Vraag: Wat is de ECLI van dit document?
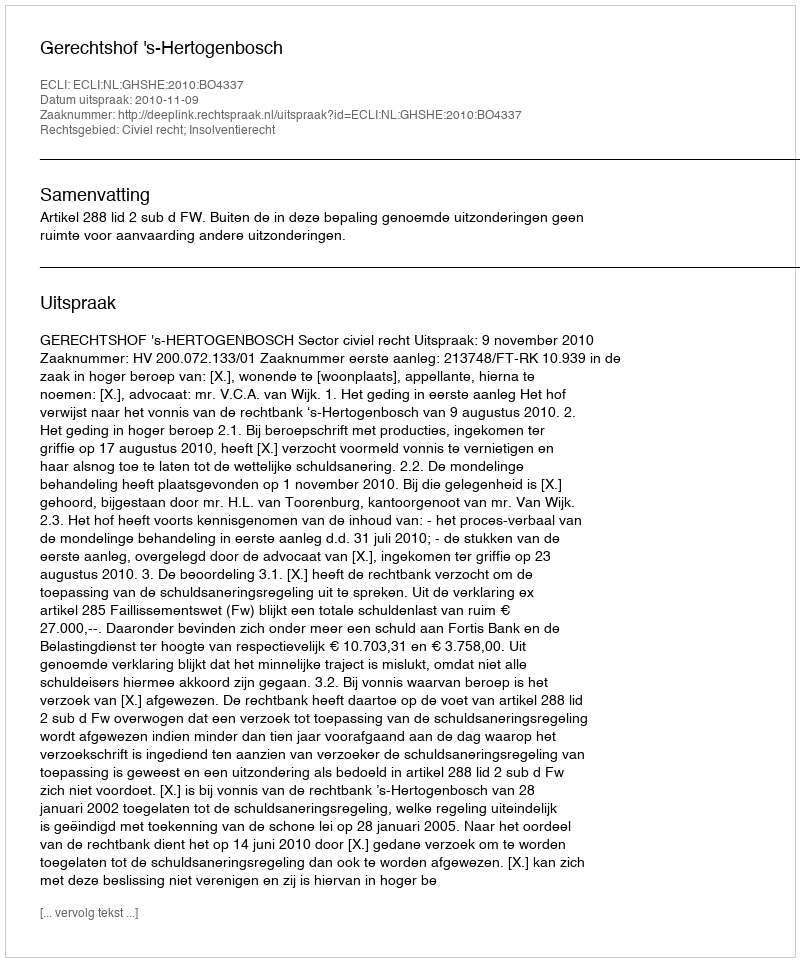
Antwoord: ECLI:NL:GHSHE:2010:BO4337